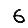
Digit: 6